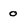
Character: 0